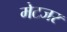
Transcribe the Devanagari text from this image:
मेटजर